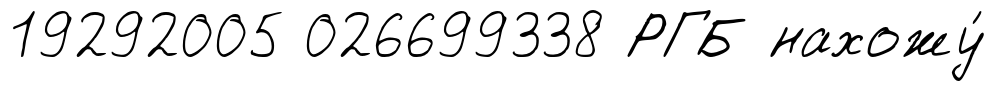
19292005 026699338 РГБ нахожу́